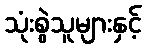
သုံးစွဲသူများနှင့်